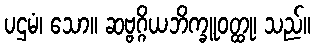
ပဌမံ၊ သော။ ဆဗ္ဗဂ္ဂိယဘိက္ခူဝတ္ထု၊ သည်။